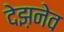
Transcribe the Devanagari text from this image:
देझ़नेव